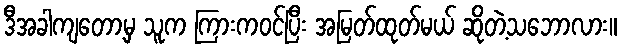
ဒီအခါကျတော့မှ သူက ကြားကဝင်ပြီး အမြတ်ထုတ်မယ် ဆိုတဲ့သဘောလား။